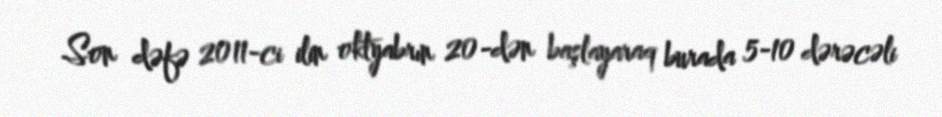
Son dəfə 2011-ci ilin oktyabrın 20-dən başlayaraq burada 5-10 dərəcəli